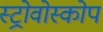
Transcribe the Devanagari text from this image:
स्ट्रोवोस्कोप